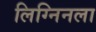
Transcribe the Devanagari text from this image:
लिग्निनला